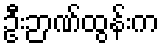
ဦးဉာဏ်ထွန်းက